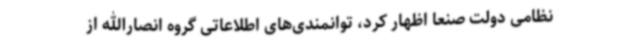
نظامی دولت صنعا اظهار کرد، توانمندی‌های اطلاعاتی گروه انصارالله از